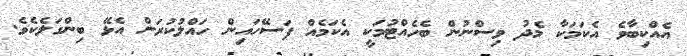
އެއްކިބާވެ އެކަމަކާ މެދު ވިސްނުން ބެހެއްޓުމަކީ އެކަމެއް ފަސޭހައިން ހައްލުކުރަން އެޅޭ ބިންގަލެކެވެ.